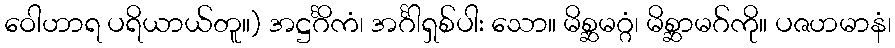
ဝေါဟာရ ပရိယာယ်တူ။) အဋ္ဌင်္ဂိကံ၊ အင်္ဂါရှစ်ပါး သော။ မိစ္ဆမဂ္ဂံ၊ မိစ္ဆာမဂ်ကို။ ပဇဟမာနံ၊